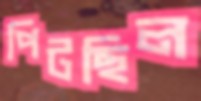
পিটছিল